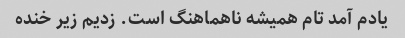
یادم آمد تام همیشه ناهماهنگ است. زدیم زیر خنده